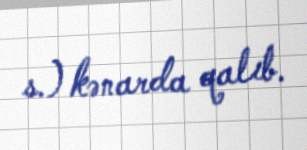
s.) kənarda qalıb.